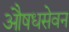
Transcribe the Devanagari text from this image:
औषधसेवन